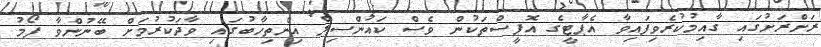
ރަށްރަށުގައި ގާއިމުކުރެވިފައިވާ އެޕާޓީގެ އޮފީސްތަކުން ވެސް ކައުންސިލް އިންތިހާބުގައި ވާދަކުރުމަށް ބޭނުންވާ ފޯމު